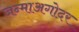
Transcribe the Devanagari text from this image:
जन्माअगोदर